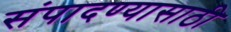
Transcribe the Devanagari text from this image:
संपादण्यासाठी